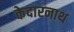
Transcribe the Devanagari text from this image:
केदारनाथ